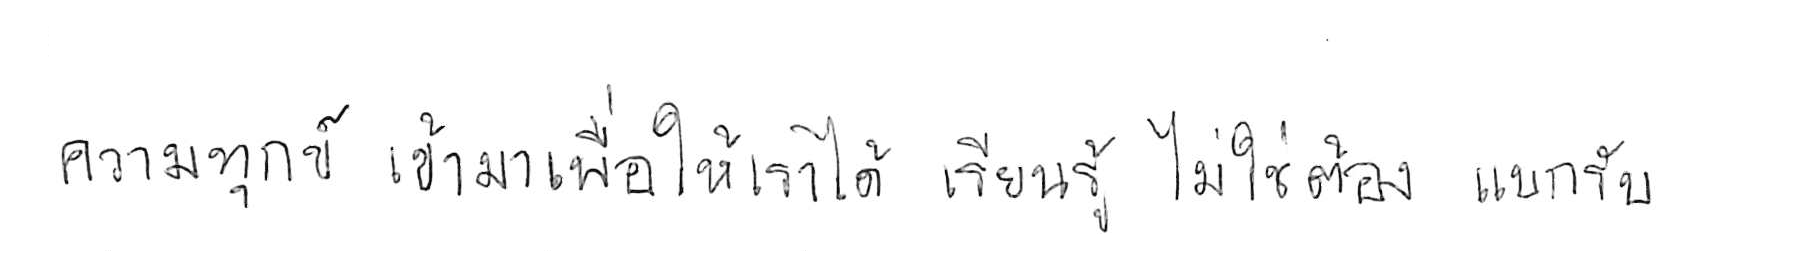
ความทุกข์ เข้ามาเพื่อให้เราได้ เรียนรู้ ไม่ใช่ต้อง แบกรับ